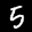
Label: 5